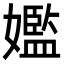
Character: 㜮